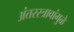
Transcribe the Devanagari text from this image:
अंतरस्त्रावांमुळे